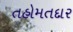
તહોમતદાર